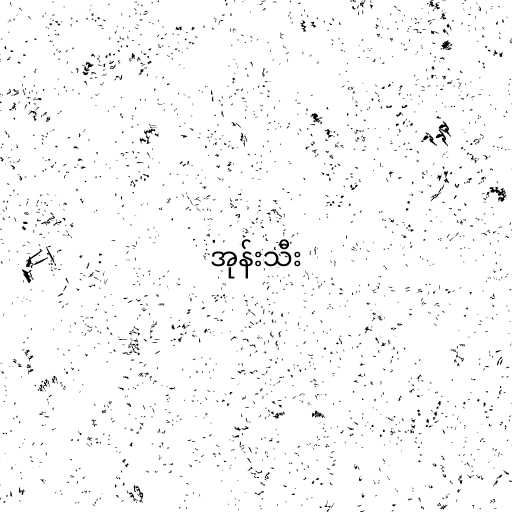
အုန်းသီး